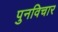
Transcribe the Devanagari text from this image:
पुनविचार